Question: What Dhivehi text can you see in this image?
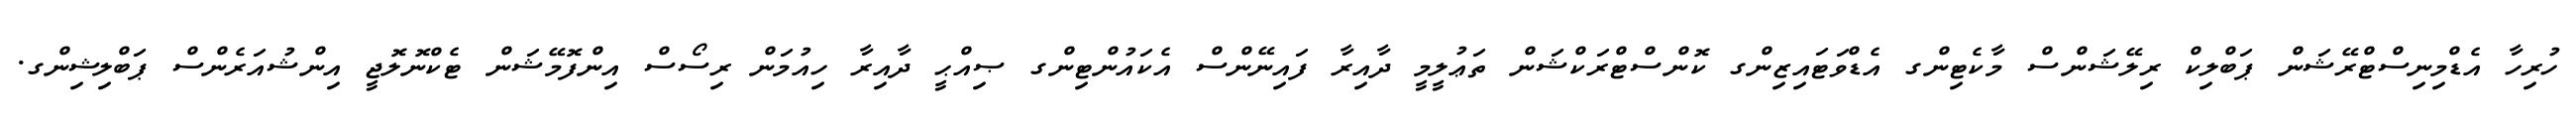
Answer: ހުރިހާ އެޑްމިނިސްޓްރޭޝަން ޕަބްލިކް ރިލޭޝަންސް މާކެޓިންގ އެޑްވަޓައިޒިންގ ކޮންސްޓްރަކްޝަން ތަޢުލީމީ ދާއިރާ ފައިނޭންސް އެކައުންޓިންގ ޞިއްޙީ ދާއިރާ ހިއުމަން ރިސޯސް އިންފޮމޭޝަން ޓެކްނޮލޮޖީ އިންޝުއަރެންސް ޕަބްލިޝިންގ.